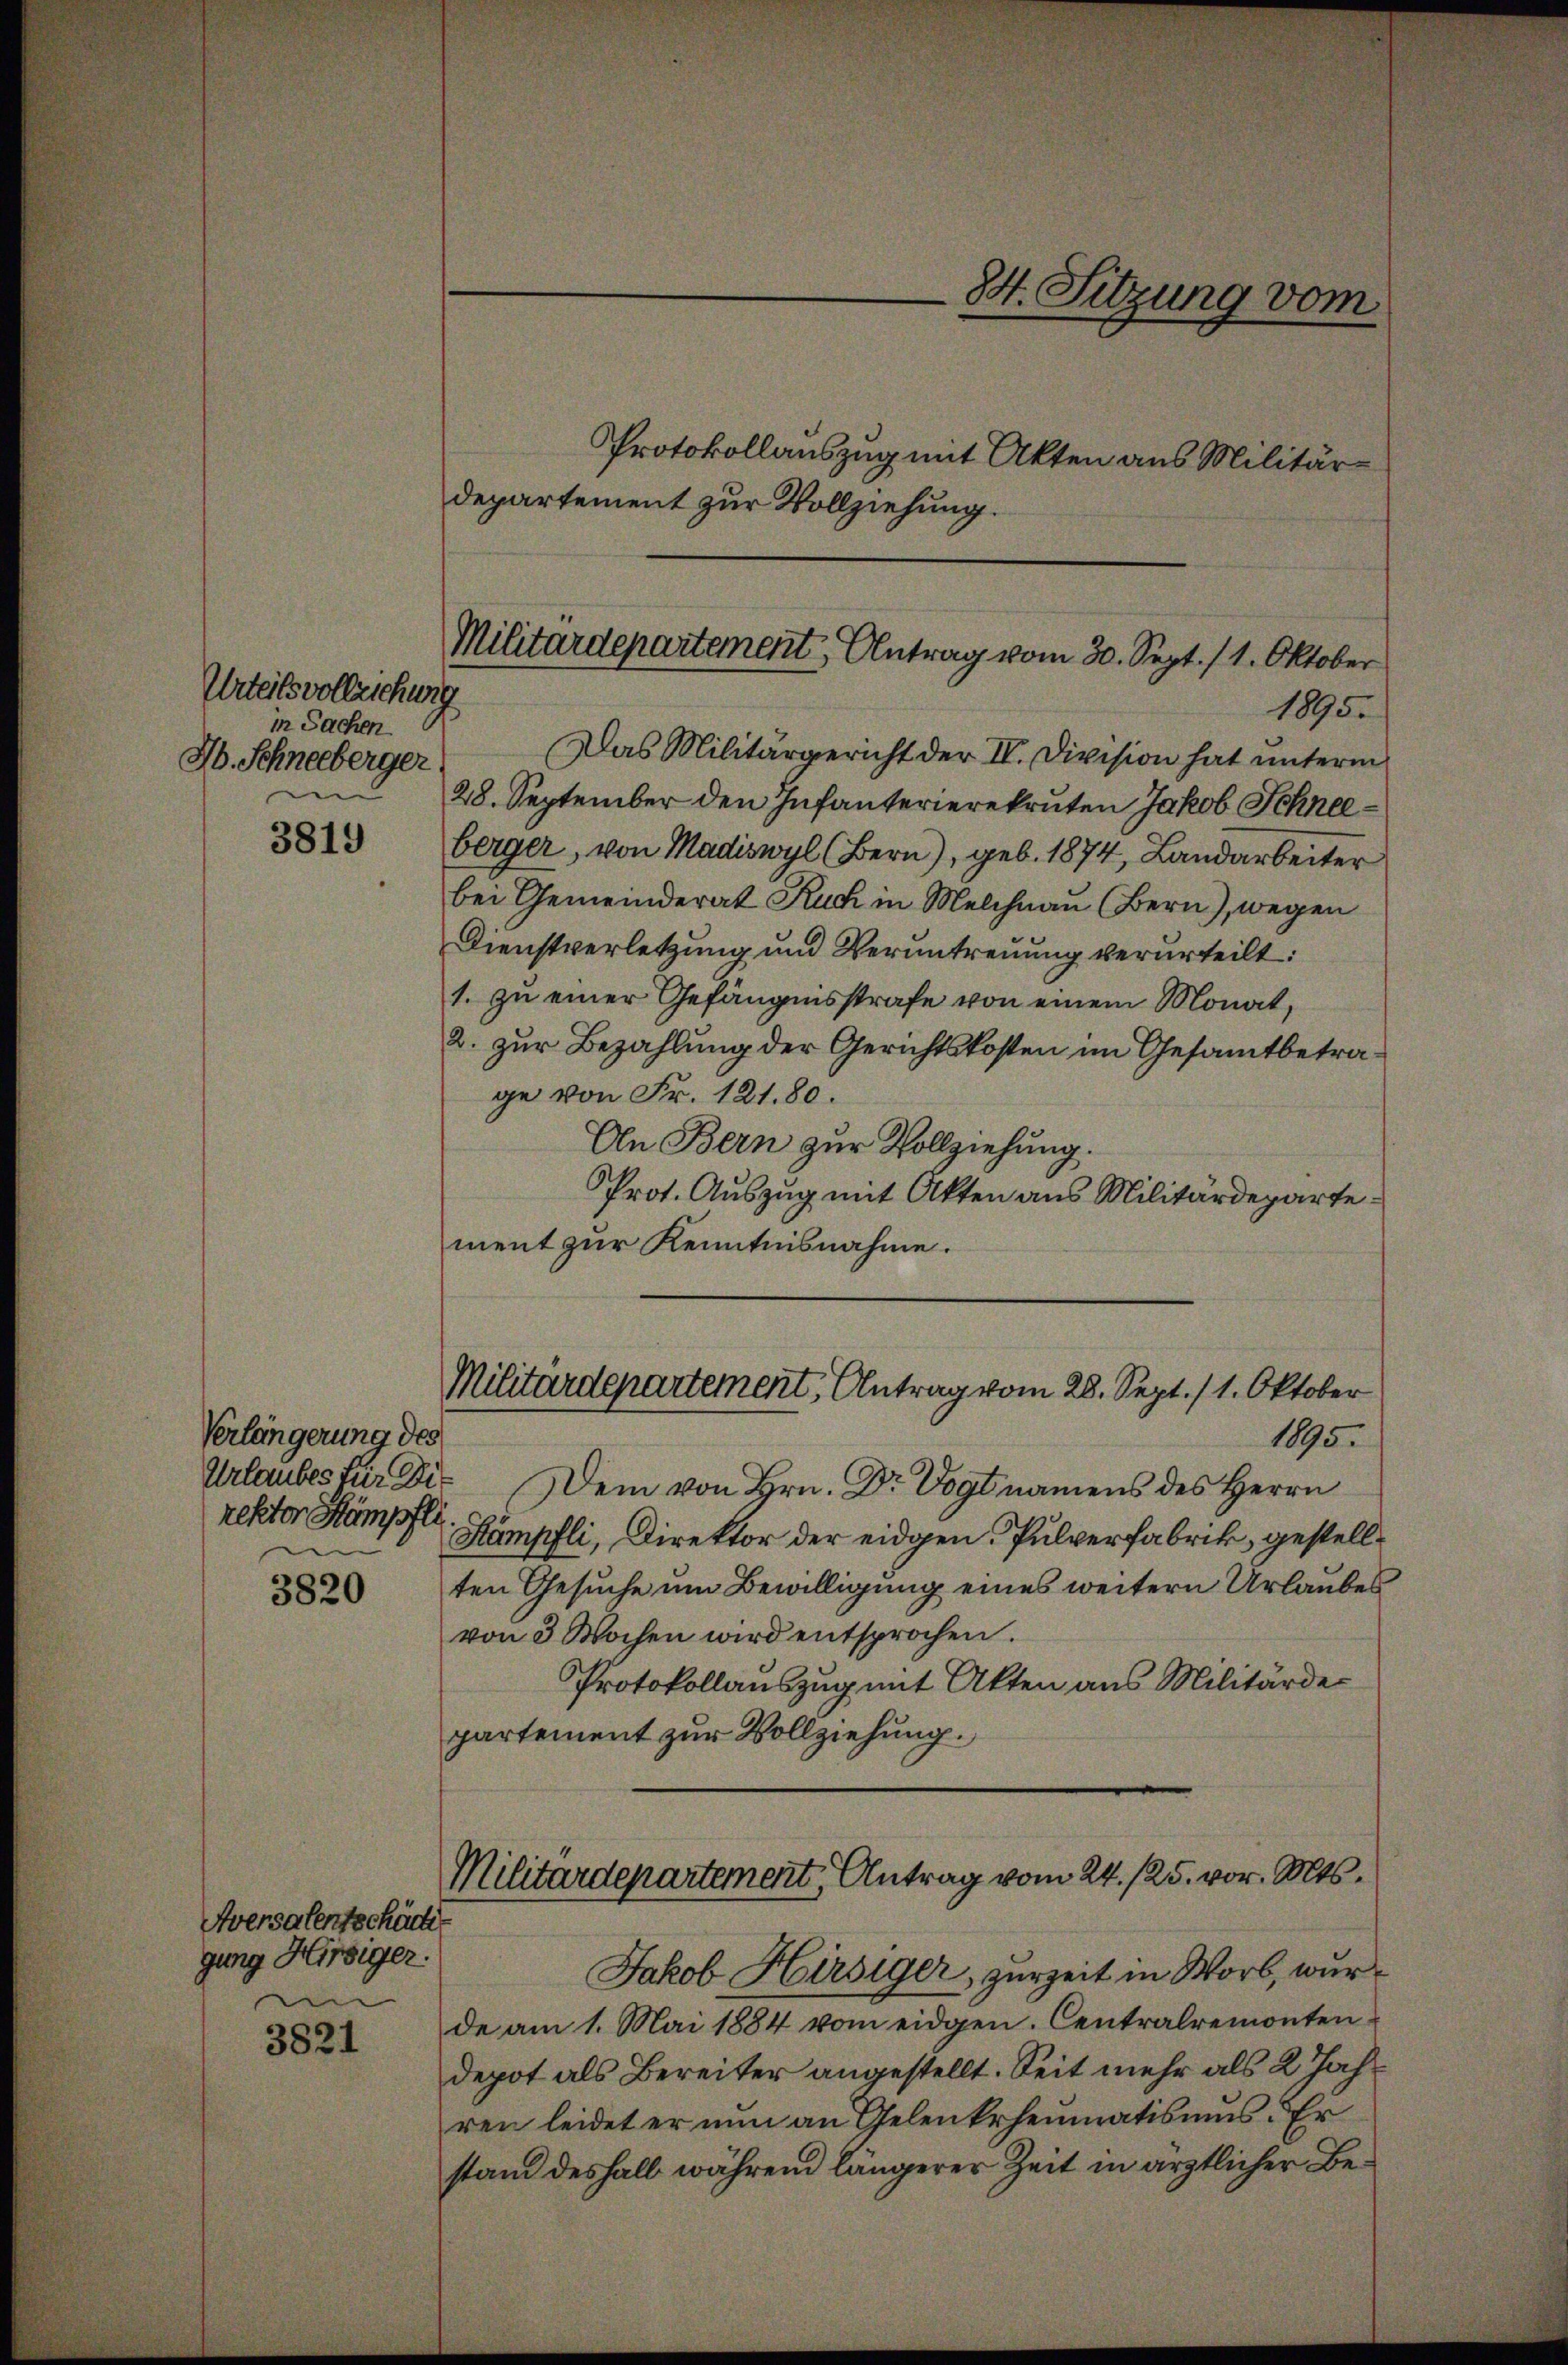
Urteilsvolleichung
in Sachen
Jb. Schneeberger

3819

Verlängerung des
rektor Hämpfli
den
3820

Aversalentschäde
gung Hirsiger.
n
3821

Protokollauszug mit Akten aus Militärdepartement zur Vollziehung.

Das Militärgericht der IV. Division hat unterm
28. September den Infanterierekruten Jakob Schneeberger, von Madiswyl (Bern), geb. 1874, Landarbeiter
bei Gemeinderat Ruch in Melchnau (Bern), wegen
Dienstverletzung und Veruntreuung verurteilt:
1. zu einer Gefängnisstrafe von einem Monat,
2. zur Bezahlung der Gerichtskosten im Gesamtbetrage von Fr. 121. 80.
An Bern zur Vollziehung.
Prot. Auszug mit Akten aus Militärdepartement zur Kenntnisnahme.
Militärdepartement, Antrag vom 28. Sept./1. Oktober
1895.
Urlaubes für Dir Dein von Hrn. Dr Vogt namens des Herrn
Stämpfli, Direktor der eidgen. Pulverfabrik, gestellten Gesuche um Bewilligung eines weitern Urlaubes
von 3 Wochen wird entsprochen.
Protokollauszug mit Akten aus Militärdepartement zur Vollziehung.

84. Sitzung vom

Militärdepartement Antrag vom 30. Sept. 11. Oktober
1895.

Militärdepartement, Antrag vom 24. 125. vor. Mts.

Jakob Hirsiger, zurzeit in Worb, wurde am 1. Mai 1884 vom eidgen. Centralremonten¬
Depot als Bereiter angestellt. Seit mehr als 2 Jahren leidet er nun an Gelenkrheumatismus. Er
stand deshalb während längerer Zeit in ärztlicher Be¬